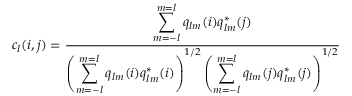
c _ { l } ( i , j ) = \frac { \displaystyle \sum _ { m = - l } ^ { m = l } q _ { l m } ( i ) q _ { l m } ^ { * } ( j ) } { \left( \displaystyle \sum _ { m = - l } ^ { m = l } q _ { l m } ( i ) q _ { l m } ^ { * } ( i ) \right) ^ { 1 / 2 } \left( \displaystyle \sum _ { m = - l } ^ { m = l } q _ { l m } ( j ) q _ { l m } ^ { * } ( j ) \right) ^ { 1 / 2 } }